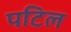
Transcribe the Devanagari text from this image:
पटिल